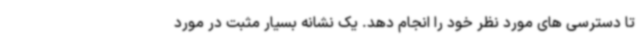
تا دسترسی های مورد نظر خود را انجام دهد. یک نشانه بسیار مثبت در مورد